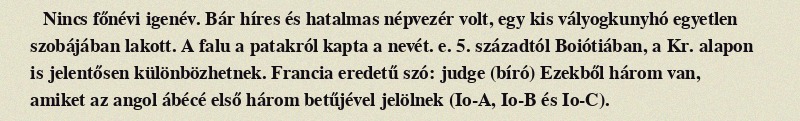
Nincs főnévi igenév. Bár híres és hatalmas népvezér volt, egy kis vályogkunyhó egyetlen szobájában lakott. A falu a patakról kapta a nevét. e. 5. századtól Boiótiában, a Kr. alapon is jelentősen különbözhetnek. Francia eredetű szó: judge (bíró) Ezekből három van, amiket az angol ábécé első három betűjével jelölnek (Io-A, Io-B és Io-C).